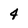
Character: 4